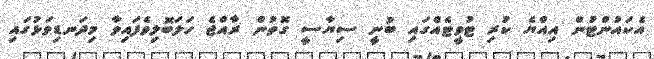
އެކައުންޓުން އިއްޔެ ކުރި ޓުވީޓެއްގައި ބުނީ ސިޔާސީ ގޮތުން ރާއްޖެ ހަލަބޮލިވެފައިވާ މިދަނޑިވަޅުގައި